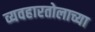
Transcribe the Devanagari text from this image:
व्यवहारतोलाच्या